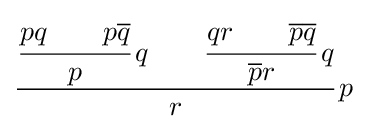
{\cfrac {{\cfrac {pq\qquad p{\overline {q}}}{p}}\,q\qquad {\cfrac {qr\qquad {\overline {p}}{\overline {q}}}{{\overline {p}}r}}\,q}{r}}\,p